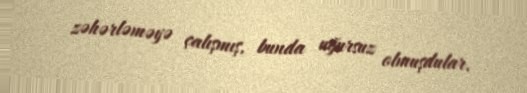
zəhərləməyə çalışmış, bunda uğursuz olmuşdular.